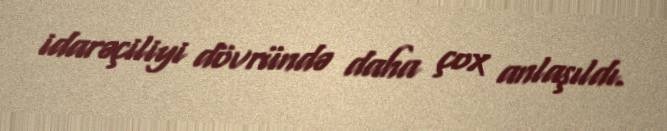
idarəçiliyi dövründə daha çox anlaşıldı.